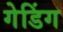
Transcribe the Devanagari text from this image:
गेडिंग